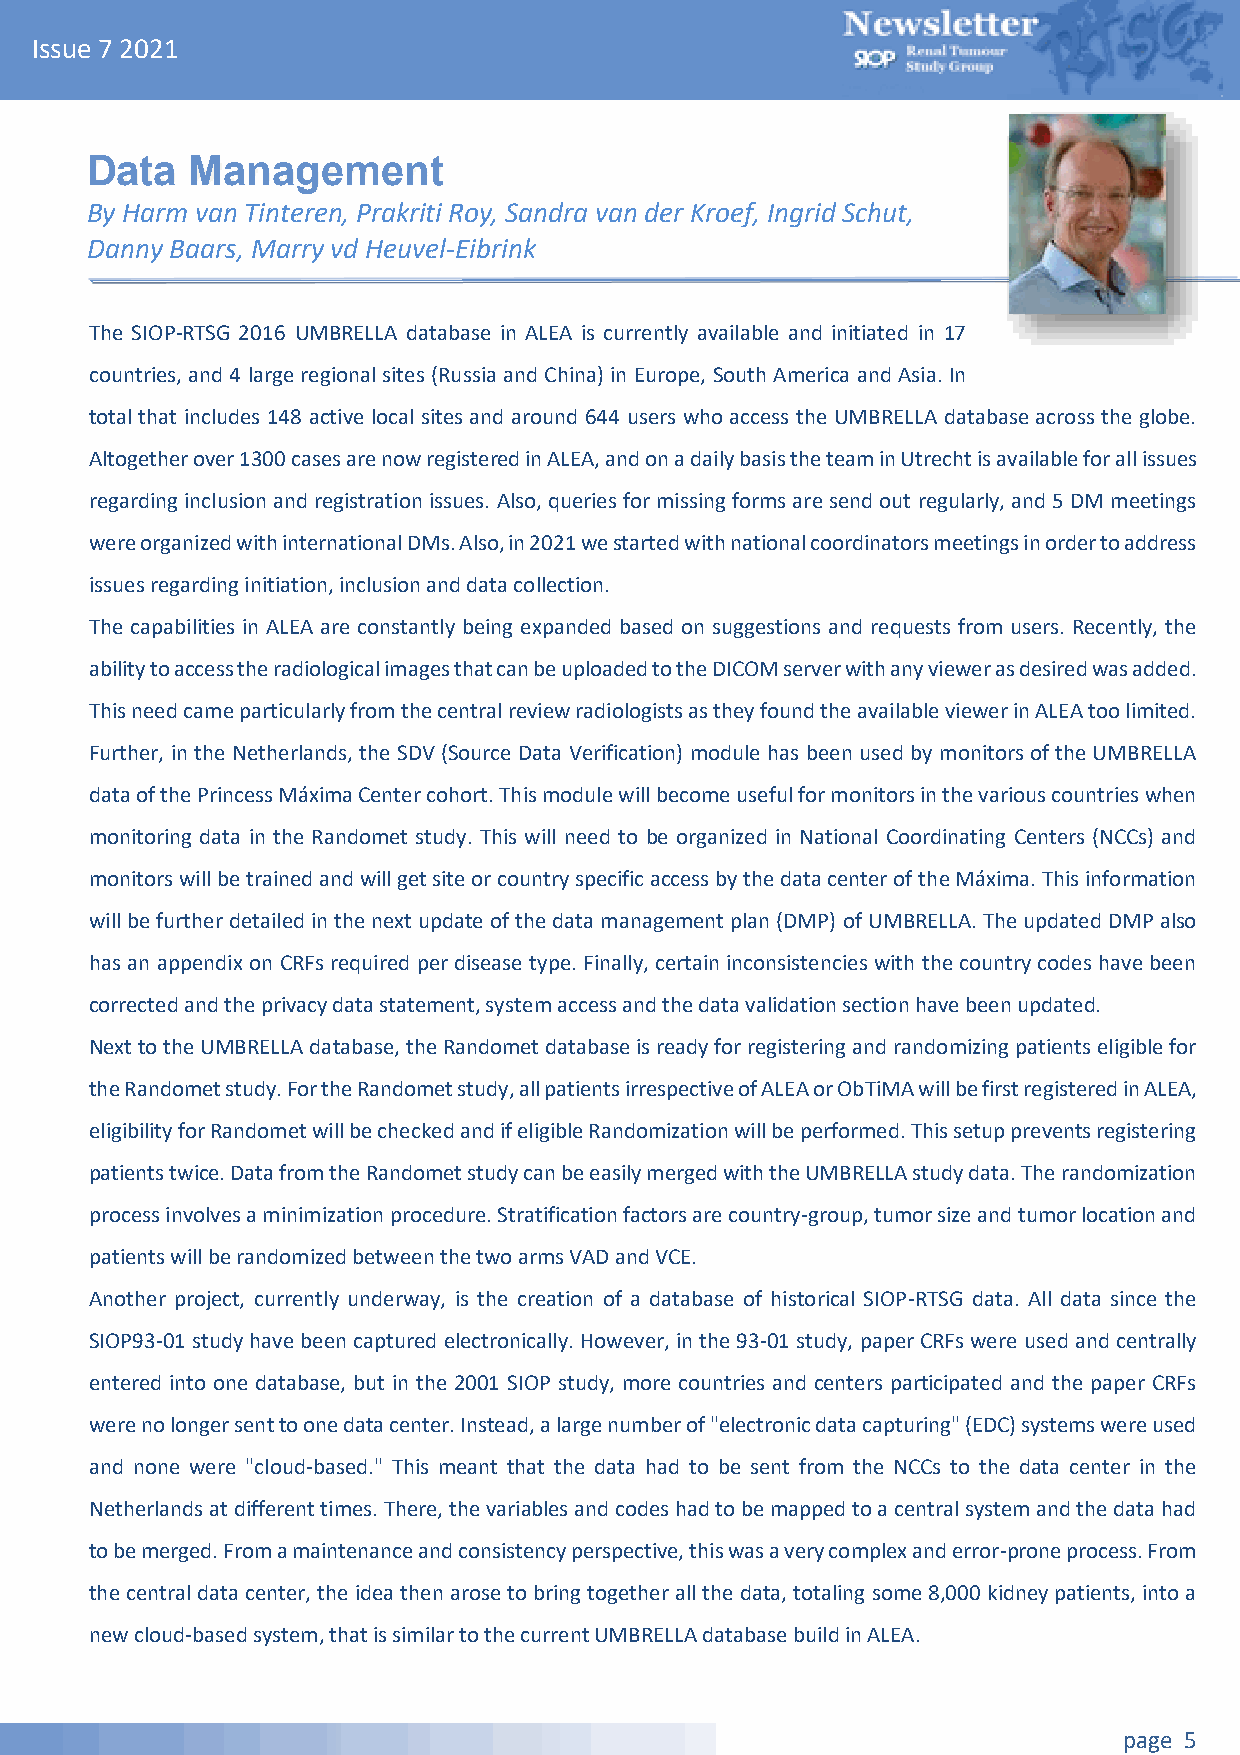
Issue 7 2021
 Data  Management
 By Harm van Tinteren, Prakriti Roy, Sandra van der Kroef, Ingrid Schut,
 Danny Baars, Marry vd Heuvel-Eibrink
 The SIOP-RTSG 2016 UMBRELLA database in ALEA is currently available and initiated in 17
 countries, and 4 large regional sites (Russia and China) in Europe, South America and Asia. In
 total that includes 148 active local sites and around 644 users who access the UMBRELLA database across the globe.
 Altogether over 1300 cases are now registered in ALEA, and on a daily basis the team in Utrecht is available for all issues
 regarding inclusion and registration issues. Also, queries for missing forms are send out regularly, and 5 DM meetings
 were organized with international DMs. Also, in 2021 we started with national coordinators meetings in order to address
 issues regarding initiation, inclusion and data collection.
 The capabilities in ALEA are constantly being expanded based on suggestions and requests from users. Recently, the
 ability to access the radiological images that can be uploaded to the DICOM server with any viewer as desired was added.
 This need came particularly from the central review radiologists as they found the available viewer in ALEA too limited.
 Further, in the Netherlands, the SDV (Source Data Verification) module has been used by monitors of the UMBRELLA
 data of the Princess Máxima Center cohort. This module will become useful for monitors in the various countries when
 monitoring data in the Randomet study. This will need to be organized in National Coordinating Centers (NCCs) and
 monitors will be trained and will get site or country specific access by the data center of the Máxima. This information
 will be further detailed in the next update of the data management plan (DMP) of UMBRELLA. The updated DMP also
 has an appendix on CRFs required per disease type. Finally, certain inconsistencies with the country codes have been
 corrected and the privacy data statement, system access and the data validation section have been updated.
 Next to the UMBRELLA database, the Randomet database is ready for registering and randomizing patients eligible for
 the Randomet study. For the Randomet study, all patients irrespective of ALEA or ObTiMA will be first registered in ALEA,
 eligibility for Randomet will be checked and if eligible Randomization will be performed. This setup prevents registering
 patients twice. Data from the Randomet study can be easily merged with the UMBRELLA study data. The randomization
 process involves a minimization procedure. Stratification factors are country-group, tumor size and tumor location and
 patients will be randomized between the two arms VAD and VCE.
 Another project, currently underway, is the creation of a database of historical SIOP-RTSG data. All data since the
 SIOP93-01 study have been captured electronically. However, in the 93-01 study, paper CRFs were used and centrally
 entered into one database, but in the 2001 SIOP study, more countries and centers participated and the paper CRFs
 were no longer sent to one data center. Instead, a large number of "electronic data capturing" (EDC) systems were used
 and none were "cloud-based." This meant that the data had to be sent from the NCCs to the data center in the
 Netherlands at different times. There, the variables and codes had to be mapped to a central system and the data had
 to be merged. From a maintenance and consistency perspective, this was a very complex and error-prone process. From
 the central data center, the idea then arose to bring together all the data, totaling some 8,000 kidney patients, into a
 new cloud-based system, that is similar to the current UMBRELLA database build in ALEA.
 page 5